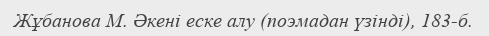
Жұбанова М. Әкені еске алу (поэмадан үзінді), 183-б.